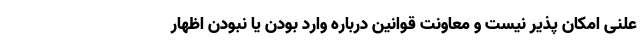
علنی امکان پذیر نیست و معاونت قوانین درباره وارد بودن یا نبودن اظهار